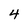
Character: 4